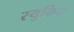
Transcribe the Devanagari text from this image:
रयुकिन